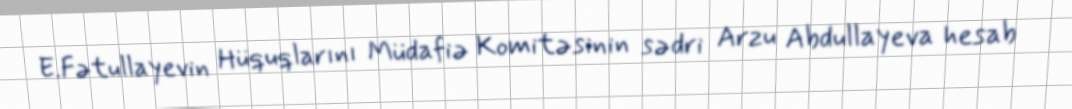
E.Fətullayevin Hüquqlarını Müdafiə Komitəsinin sədri Arzu Abdullayeva hesab